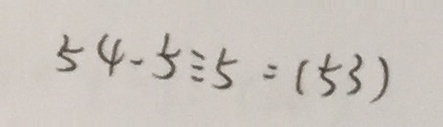
5 4 - 5 \div 5 = ( 5 3 )